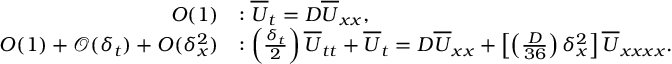
\begin{array} { r l } { O ( 1 ) } & { : \overline { { U } } _ { t } = D \overline { { U } } _ { x x } , } \\ { O ( 1 ) + \mathcal { O } ( \delta _ { t } ) + O ( \delta _ { x } ^ { 2 } ) } & { : \left( \frac { \delta _ { t } } { 2 } \right) \overline { { U } } _ { t t } + \overline { { U } } _ { t } = D \overline { { U } } _ { x x } + \left[ \left( \frac { D } { 3 6 } \right) \delta _ { x } ^ { 2 } \right] \overline { { U } } _ { x x x x } . } \end{array}